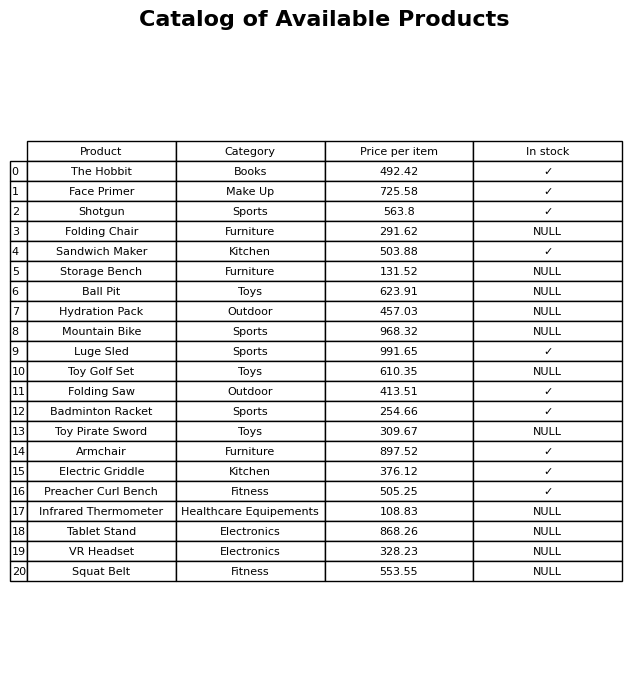
question: What is the price for Sandwich Maker?
answer: The price of Sandwich Maker is 503.88.